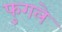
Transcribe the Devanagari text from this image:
फुगले